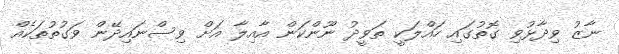
ނާޒު ވިދާޅުވި ގޮތުގައި ހައްލަކީ ތަވީދު ނޫންކަން އާއިލާ އަށް ވިސްނައިދޭން ވަގުތުތަކެއް